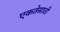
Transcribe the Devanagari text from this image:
एकतेसाठी